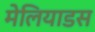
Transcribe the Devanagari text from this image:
मेलियाडस